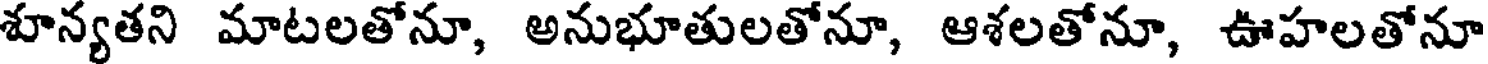
శూన్యతని మాటలతోనూ, అనుభూతులతోనూ, ఆశలతోనూ, ఊహలతోనూ